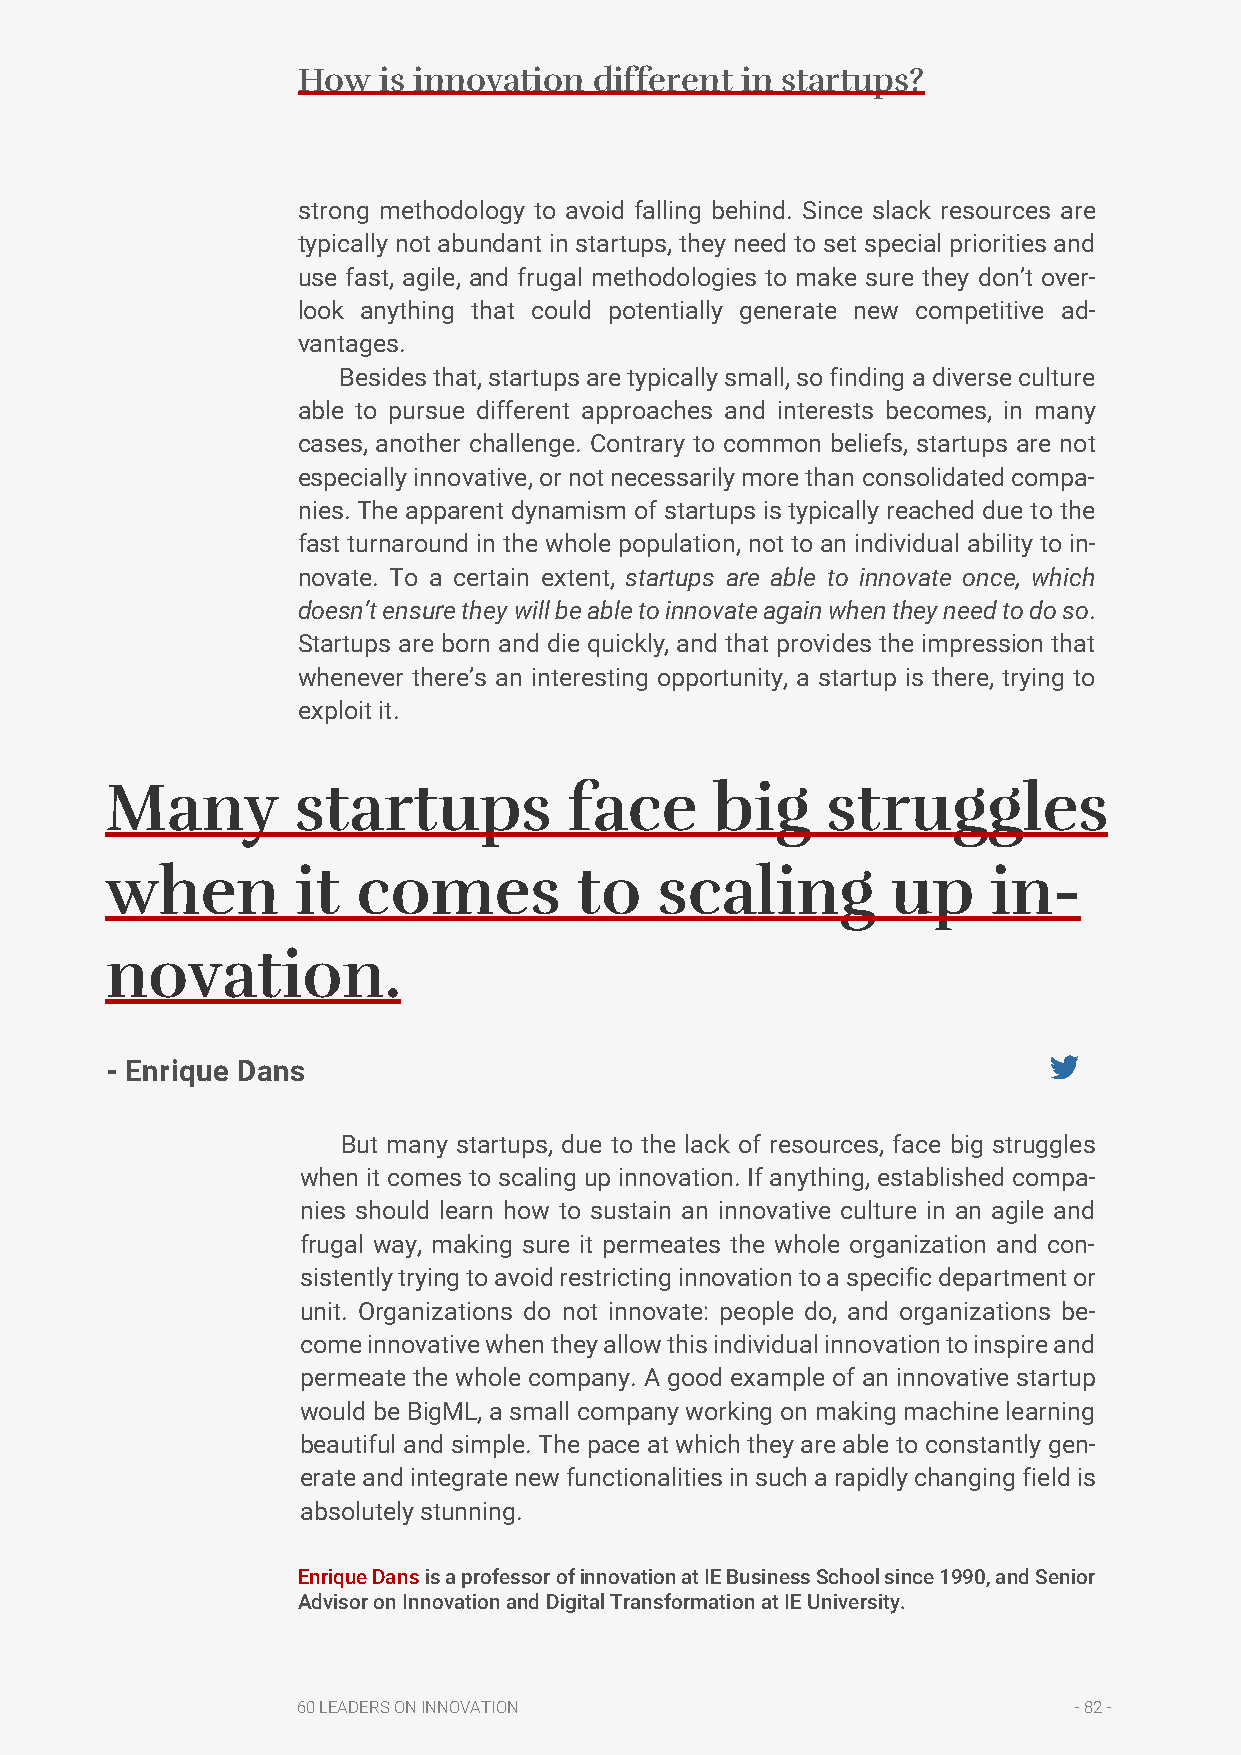
How  is innovation different in startups?
 strong methodology to avoid falling behind. Since slack resources are
 typically not abundant in startups, they need to set special priorities and
 use fast, agile, and frugal methodologies to make sure they don’t over-
 look anything that could potentially generate new competitive ad-
 vantages.
 Besides that, startups are typically small, so finding a diverse culture
 able to pursue different approaches and interests becomes, in many
 cases, another challenge. Contrary to common beliefs, startups are not
 especially innovative, or not necessarily more than consolidated compa-
 nies. The apparent dynamism of startups is typically reached due to the
 fast turnaround in the whole population, not to an individual ability to in-
 novate. To a certain extent, startups are able to innovate once, which
 doesn’t ensure they will be able to innovate again when they need to do so.
 Startups are born and die quickly, and that provides the impression that
 whenever there’s an interesting opportunity, a startup is there, trying to
 exploit it.
 Many        startups           face     big     struggles
 when         it  comes         to    scaling        up     in-
 novation.
 - Enrique Dans
 But many startups, due to the lack of resources, face big struggles
 when it comes to scaling up innovation. If anything, established compa-
 nies should learn how to sustain an innovative culture in an agile and
 frugal way, making sure it permeates the whole organization and con-
 sistently trying to avoid restricting innovation to a specific department or
 unit. Organizations do not innovate: people do, and organizations be-
 come innovative when they allow this individual innovation to inspire and
 permeate the whole company. A good example of an innovative startup
 would be BigML, a small company working on making machine learning
 beautiful and simple. The pace at which they are able to constantly gen-
 erate and integrate new functionalities in such a rapidly changing field is
 absolutely stunning.
 Enrique Dans is a professor of innovation at IE Business School since 1990, and Senior
 Advisor on Innovation and Digital Transformation at IE University.
 60 LEADERS ON INNOVATION                           - 82 -